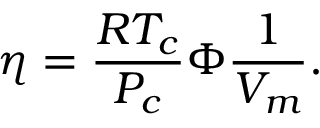
\eta = { \frac { R T _ { c } } { P _ { c } } } \Phi { \frac { 1 } { V _ { m } } } .